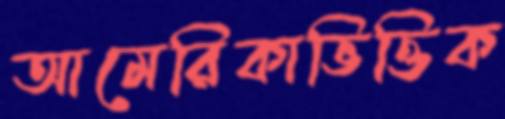
আমেরিকাভিত্তিক